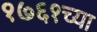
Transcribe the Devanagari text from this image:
१७६१च्या